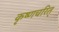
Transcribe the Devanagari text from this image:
कृष्णचरित्